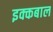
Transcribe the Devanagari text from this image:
इक्कबाल